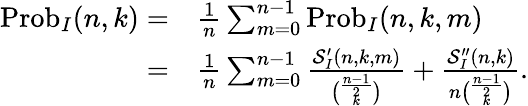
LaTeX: \begin{array}{rl}{\operatorname{Prob}_{I}(n,k)=}&{\frac{1}{n}\sum_{m=0}^{n-1}\operatorname{Prob}_{I}(n,k,m)}\\ {=}&{\frac{1}{n}\sum_{m=0}^{n-1}\frac{\mathcal{S}_{I}^{\prime}(n,k,m)}{\binom{\frac{n-1}{2}}{k}}+\frac{\mathcal{S}_{I}^{\prime\prime}(n,k)}{n\binom{\frac{n-1}{2}}{k}}.}\end{array}